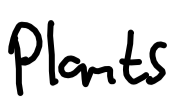
Text: plants
Cross-out: clean
Writing tool: digital_black